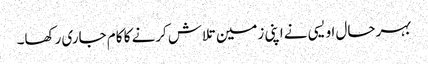
بہرحال اویسی نے اپنی زمین تلاش کرنے کا کام جاری رکھا۔